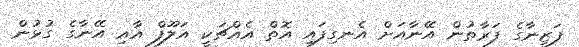
ފަޒީނާގެ ފަރާތުން އޭނާއަށް އެނގިފައި އޮތް އެއްޗަކީ އަލޫފް އާއި އޭނާގެ ގުޅުން